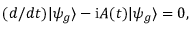
( d / d t ) | { \psi } _ { g } \rangle - \mathrm { i } A ( t ) | \psi _ { g } \rangle = 0 ,